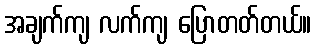
အချက်ကျ လက်ကျ ပြောတတ်တယ်။